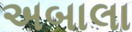
અબાલા